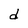
Character: d